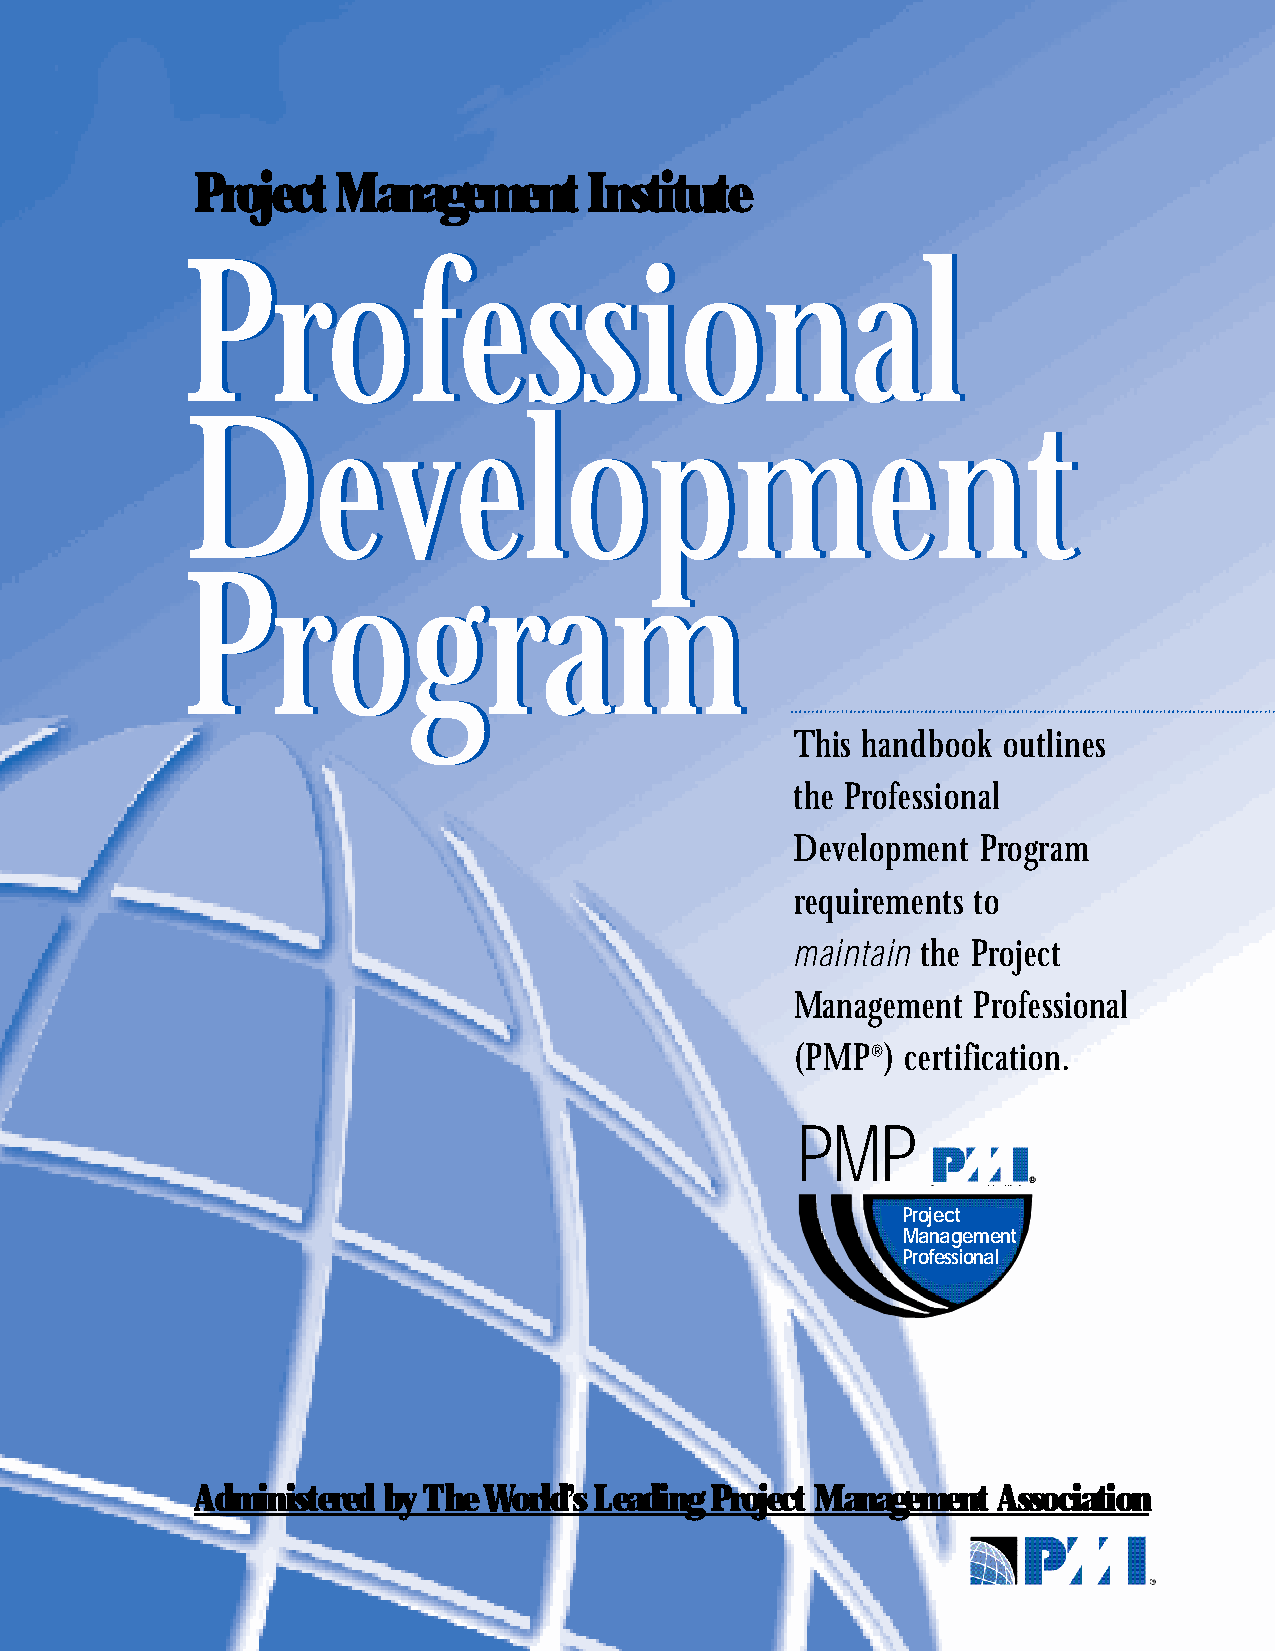
Project  Management       Institute
 PPrrooffeessssiioonnaall
 DDeevveellooppmmeenntt
 PPrrooggrraamm
 This handbook outlines
 the Professional
 De velopment Pro g r a m
 re q u i rements to
 m a i n t a i n the Pro j e c t
 Management Pro f e s s i o n a l
 ( P M P®) cert i f i c a t i o n .
 PM   P
 Pr oj e c t
 Ma n a g e m e n t
 Pr of e s s i o n a l
 Ad m i n i s t e red by The Wo r l d’s Leading Project Management As s o c i a t i o n